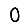
Digit: 0